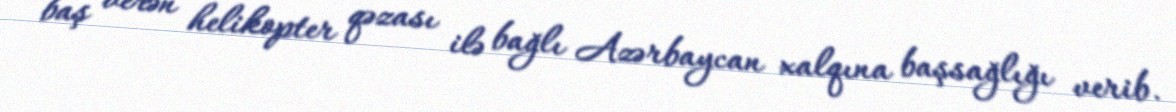
baş verən helikopter qəzası ilə bağlı Azərbaycan xalqına başsağlığı verib.